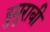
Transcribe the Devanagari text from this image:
हुमुराबी